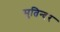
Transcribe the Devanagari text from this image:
सुतिन्दर